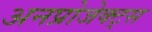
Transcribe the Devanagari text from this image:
अनप्रोजेक्ट्स